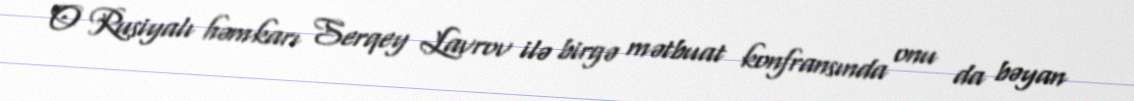
O Rusiyalı həmkarı Serqey Lavrov ilə birgə mətbuat konfransında onu da bəyan